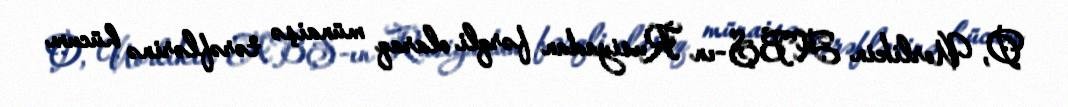
O, Uorlikin ABŞ-ın Rusiyadan fərqli olaraq münaişə tərəflərinə hücum